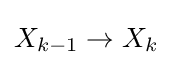
X_{k-1}\to X_{k}